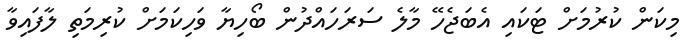
މިކަން ކުރުމަށް ޓަކައި އެބަޖެހޭ މާލެ ސަރަހައްދުން ބޯހިޔާ ވަހިކަމަށް ކުރިމަތި ލާފައިވާ